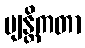
ဗျန္တိကတာ